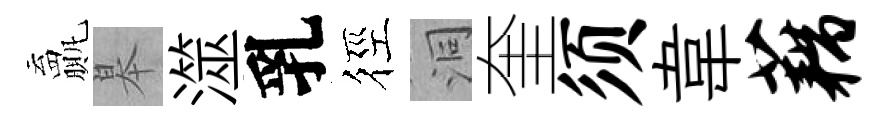
贏皋澨乳徑洞奎须韋藕